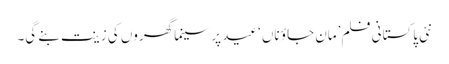
نئی پاکستانی فلم’مان جاؤ ناں ‘عید پر سینما گھروں کی زینت بنے گی۔